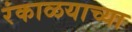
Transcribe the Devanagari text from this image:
रंकाळयाच्या